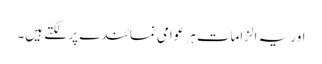
اور یہ الزامات ہر عوامی نمائندے پر لگتے ہیں۔